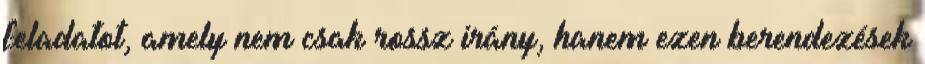
feladatot, amely nem csak rossz irány, hanem ezen berendezések